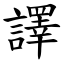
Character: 譯